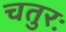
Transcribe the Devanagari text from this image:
चतुरः